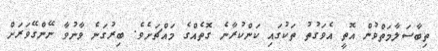
ތިބާސަލާމަތްވުން އޮތީ އެވަގުތު ތަކުގައި ކަންކުރާނެ ގޮތެއްގެ މައްޗަށެވެ. ބިރުގަނެ ވާނުވާ ނޭންގޭވަރަށް